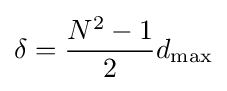
\delta ={\frac {N^{2}-1}{2}}d_{\max }